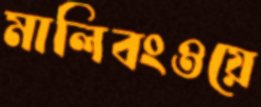
মালিবংওয়ে